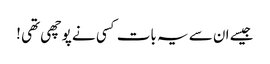
جیسے ان سے یہ بات کسی نے پوچھی تھی !